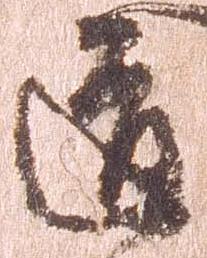
道